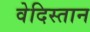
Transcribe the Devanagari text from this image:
वेदिस्तान